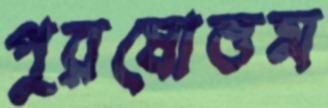
পুরষোত্তম